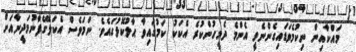
މައްކާއިން ނިކުމެވަޑައިގެންނެވީ އެންމެ ދެމީހުންކުރެ އެކަކު ކަމުގައިވާ ޙާލުކޮޅުގައެވެ. ނަމަވެސް އެކަލޭގެފާނުމަދީނާއަށް